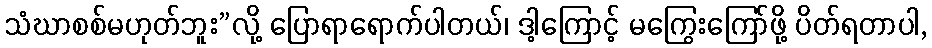
သံဃာစစ်မဟုတ်ဘူး”လို့ ပြောရာရောက်ပါတယ်၊ ဒါ့ကြောင့် မကြွေးကြော်ဖို့ ပိတ်ရတာပါ,